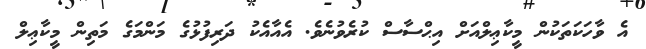
އެ ވާހަކަތަކުން މީކާޢިލްއަށް އިޙްސާސް ކުރެވުނެވެ. އެއާއެކު ދަރިފުޅުގެ މަންމަގެ މަތިން މީކާޢިލް